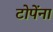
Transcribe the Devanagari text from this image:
टोपेंना